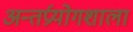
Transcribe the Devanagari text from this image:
अन्तर्प्रयोगशाला